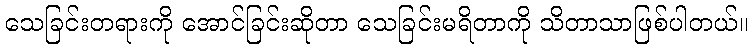
သေခြင်းတရားကို အောင်ခြင်းဆိုတာ သေခြင်းမရိတာကို သိတာသာဖြစ်ပါတယ်။